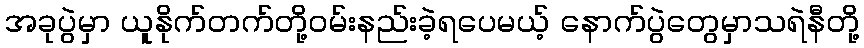
အခုပွဲမှာ ယူနိုက်တက်တို့ဝမ်းနည်းခဲ့ရပေမယ့် နောက်ပွဲတွေမှာသရဲနီတို့